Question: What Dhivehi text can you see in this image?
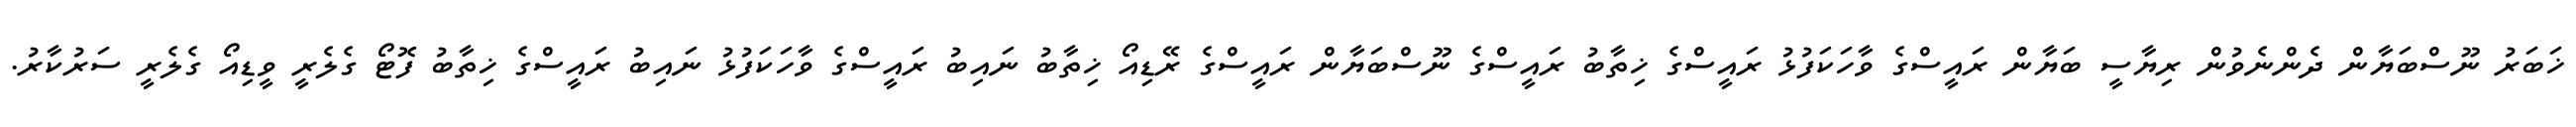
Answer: ޚަބަރު ނޫސްބަޔާން ދެންނެވުން ރިޔާސީ ބަޔާން ރައީސްގެ ވާހަކަފުޅު ރައީސްގެ ޚިތާބު ރައީސްގެ ނޫސްބަޔާން ރައީސްގެ ރޭޑިއޯ ޚިތާބު ނައިބު ރައީސްގެ ވާހަކަފުޅު ނައިބު ރައީސްގެ ޚިތާބު ފޮޓޯ ގެލެރީ ވީޑިއޯ ގެލެރީ ސަރުކާރު.